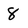
Character: 8